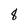
Character: 8